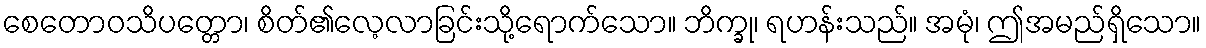
စေတောဝသိပတ္တော၊ စိတ်၏လေ့လာခြင်းသို့ရောက်သော။ ဘိက္ခု၊ ရဟန်းသည်။ အမုံ၊ ဤအမည်ရှိသော။